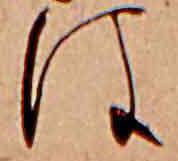
は